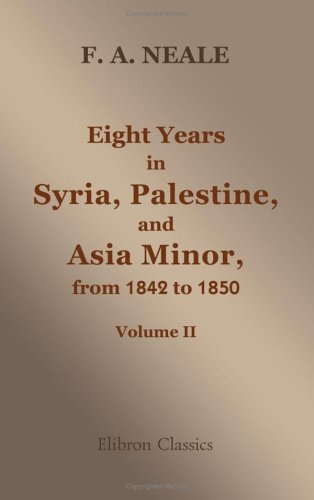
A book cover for Eight Years in Syria, Palestine, and Asia Minor, from 1842 to 1850: Volume 2; Frederick Arthur Neale; Travel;